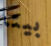
بيتا